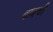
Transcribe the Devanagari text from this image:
बाबची